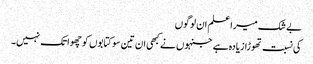
بے شک میرا علم ان لوگوں
کی نسبت تھوڑا زیادہ ہے جنہوں نے کبھی ان تین سو کتابوں کو چھوا تک نہیں۔